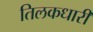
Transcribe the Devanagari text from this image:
तिलकधारी